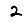
Digit: 2